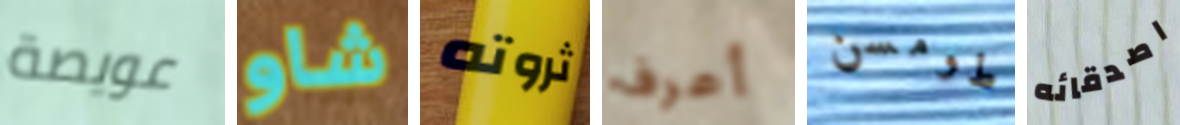
عويصة شاو ثروته أعرف طومسن اصدقائه